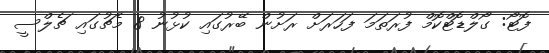
ފޮޓޯ: ގޯލްޑޮޓްކޮމް ފުރަތަމަ ފަހަރަށް ރަށުން ބޭރުގައި ކުޅުނު 8 މެޗުގައި ޗެލްސީ